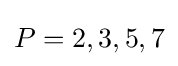
P={2,3,5,7}